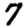
Digit: 7